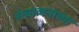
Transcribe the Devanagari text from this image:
संचालनाच्या